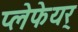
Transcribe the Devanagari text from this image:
प्लेफेयर्